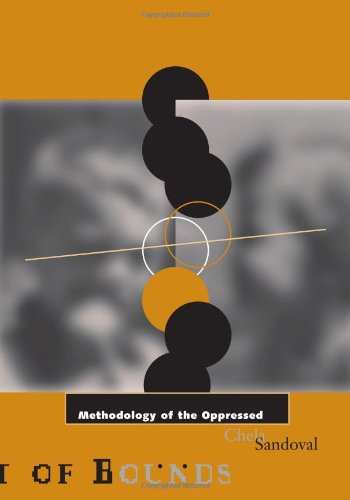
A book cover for Methodology of the Oppressed; Chela Sandoval; Politics & Social Sciences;